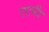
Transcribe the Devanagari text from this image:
एएपीए